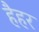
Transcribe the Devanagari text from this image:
हैहर